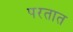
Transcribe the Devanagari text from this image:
परतात